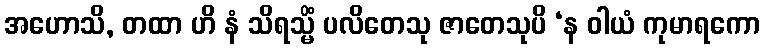
အဟောသိ, တထာ ဟိ နံ သိရသ္မိံ ပလိတေသု ဇာတေသုပိ ‘န ဝါယံ ကုမာရကော